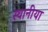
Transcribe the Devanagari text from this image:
स्थानीया